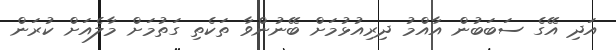
އަދި އޭގެ ސަބަބުން އާއްމު ދިރިއުޅުމަށް ބޭނުންވާ ތަކެތި ގަތުމަށް މާލެއަށް ކުރަން